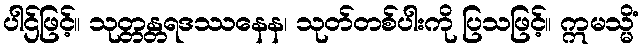
ပါဌ်ဖြင့်။ သုတ္တန္တရဒဿနေန၊ သုတ်တစ်ပါးကို ပြသဖြင့်။ ဣမသ္မိံ